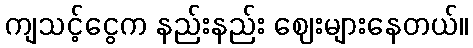
ကျသင့်ငွေက နည်းနည်း ဈေးများနေတယ်။